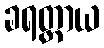
ခရတ္တာယ